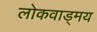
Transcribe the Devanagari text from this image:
लोकवाड्मय